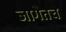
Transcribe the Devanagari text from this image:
जागेतच